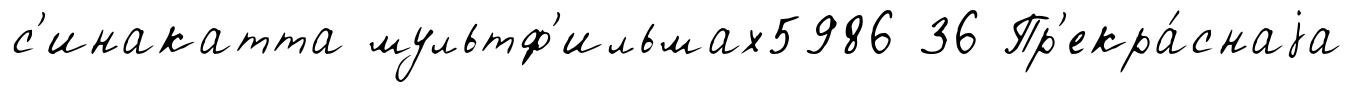
с'инакатта мультф'ильмах5986 36 Пр'екра́снаjа